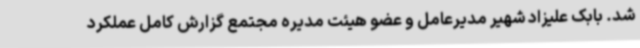
شد. بابک علیزاد شهیر مدیرعامل و عضو هیئت مدیره مجتمع گزارش کامل عملکرد